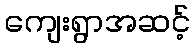
ကျေးရွာအဆင့်